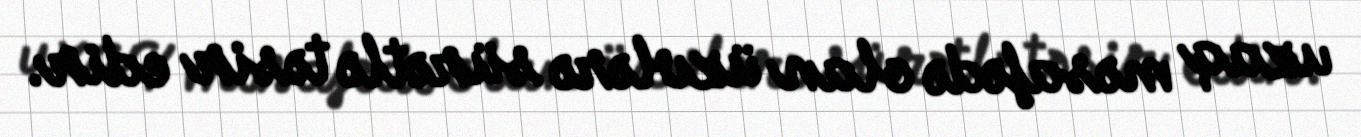
uzaq məsafədə olan üzvlərə sürətlə təsir edir.